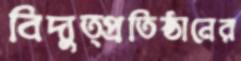
বিদ্যুত্প্রতিষ্ঠানের